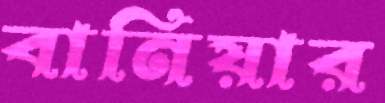
বানিয়ার